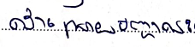
ដោះស្រាយបញ្ហានេះ